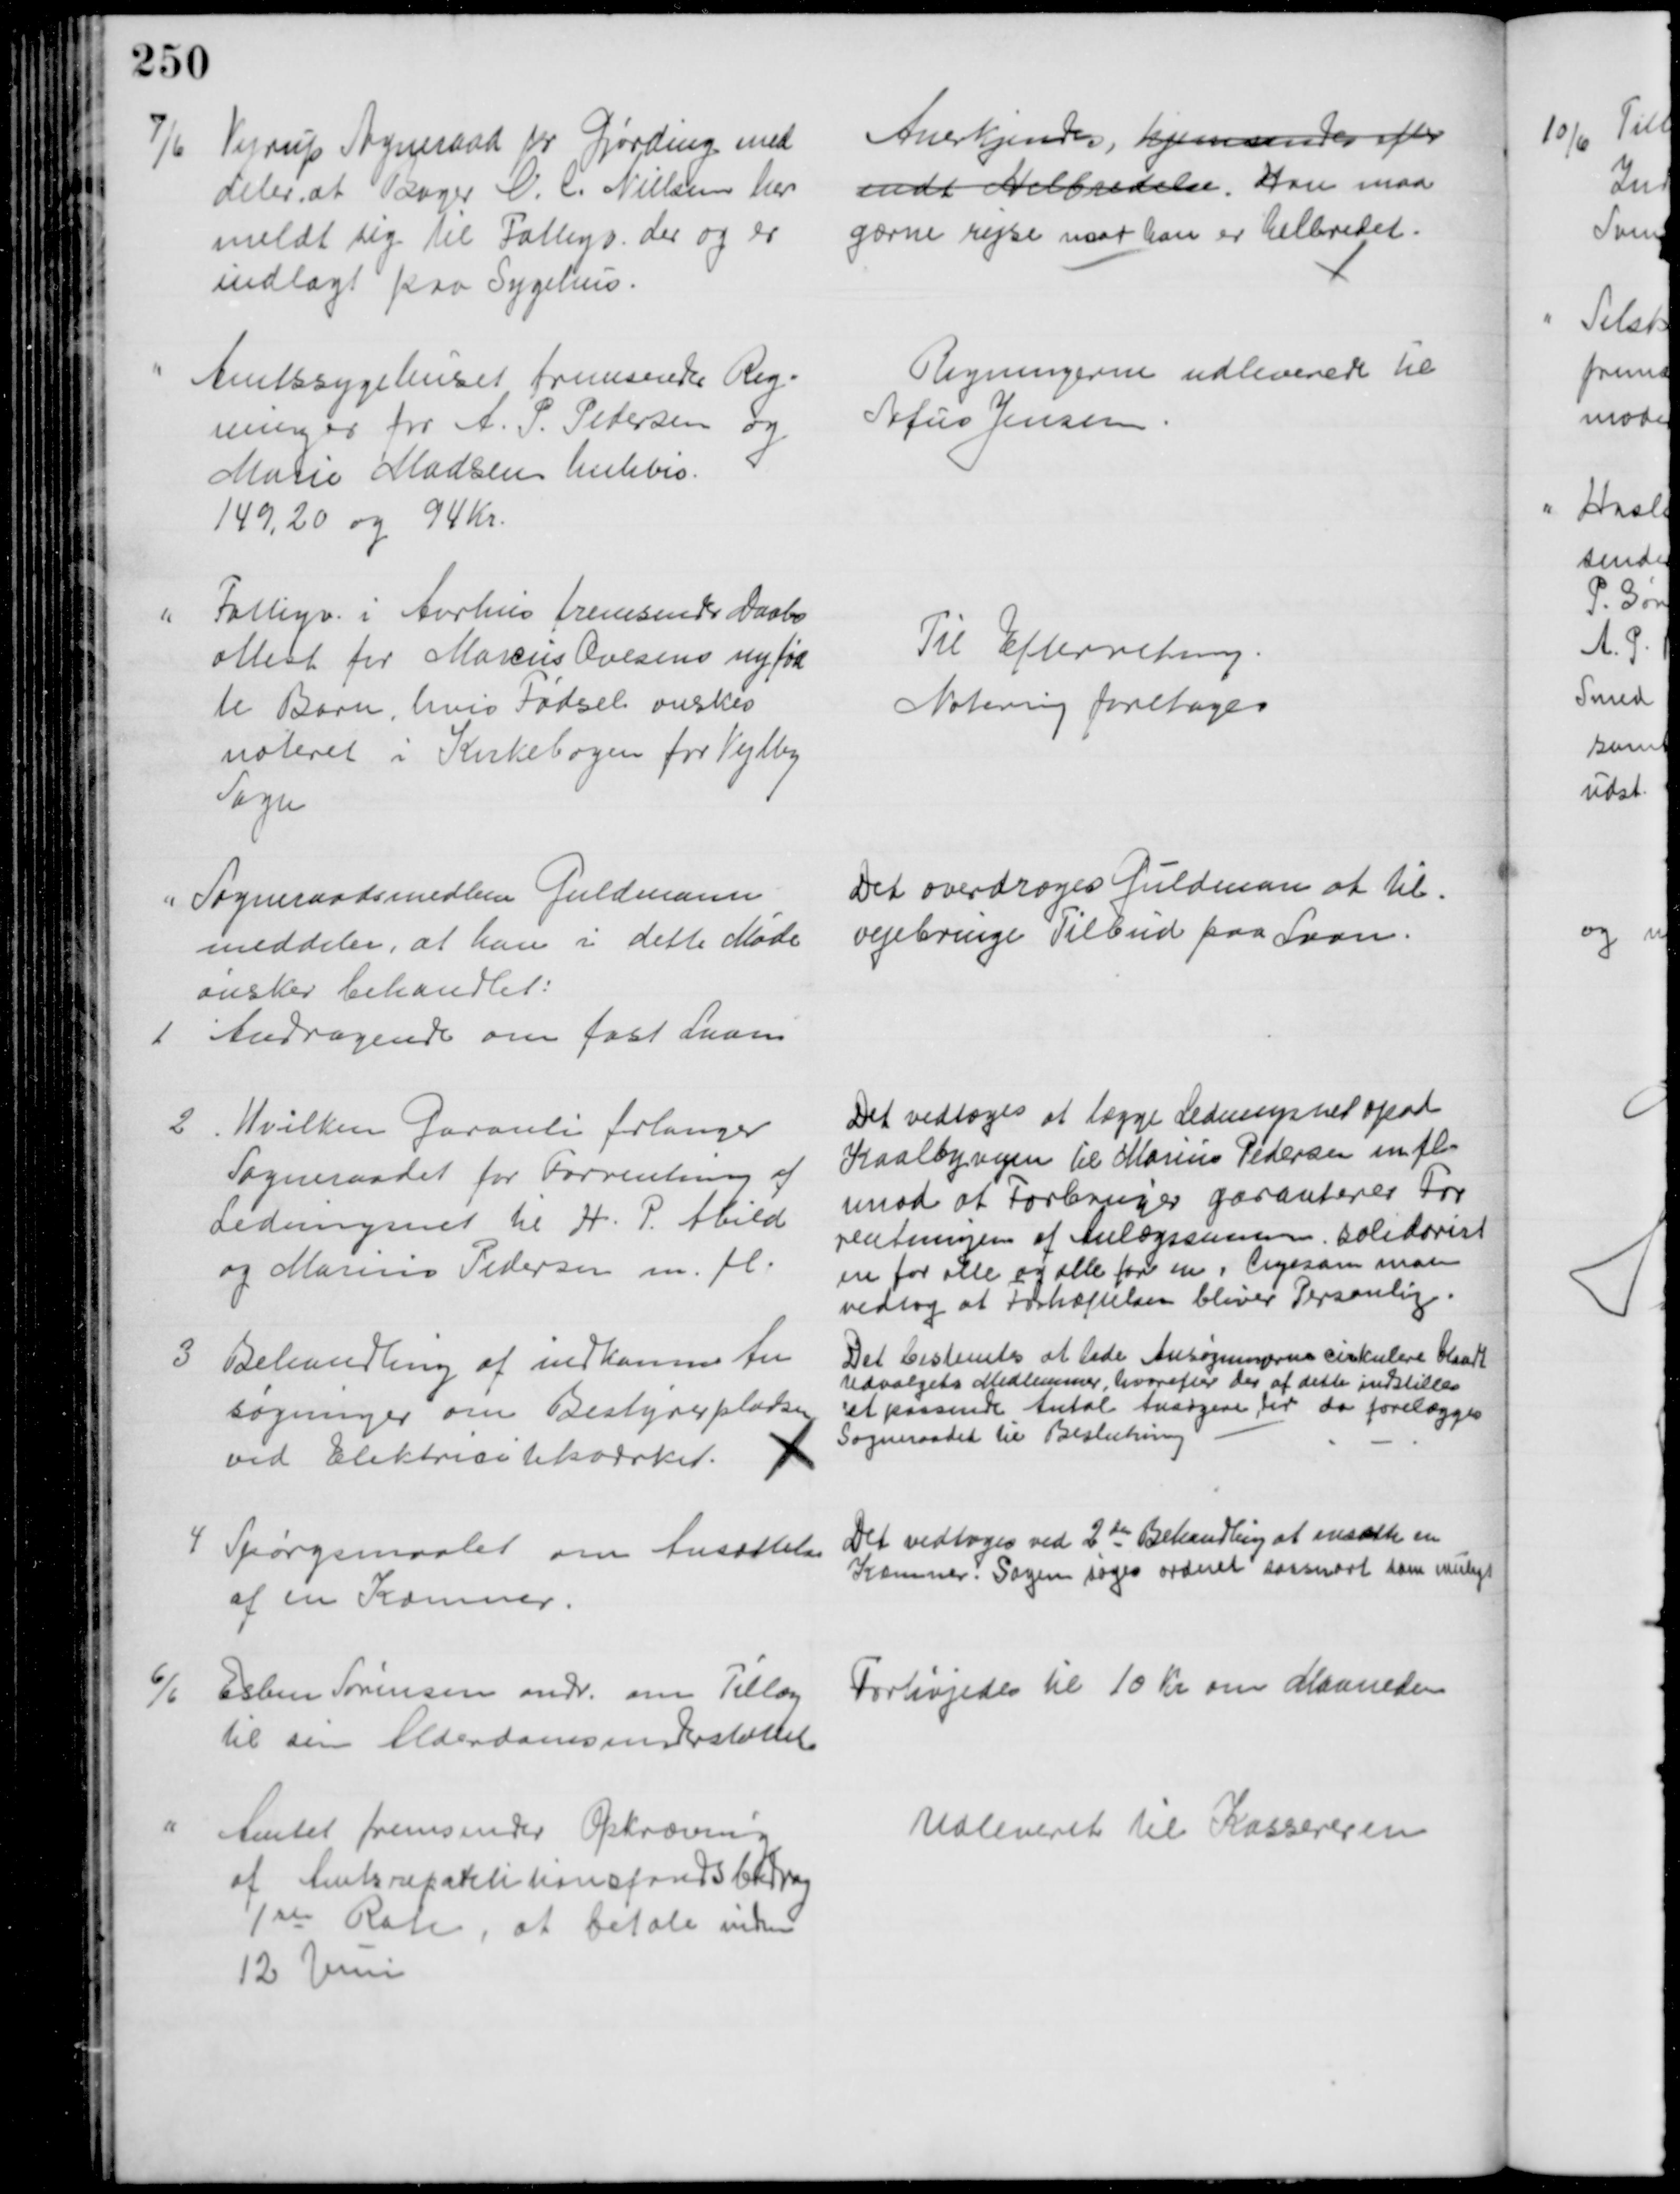
Transskription:
7/6 Vejrup Sogneraad pr Gjørding med
deler at Bager N. C. Nielsen har
meldt sig til Fattigv. der og er
indlagt paa Sygehus.
Anerkjendes, hjemsendes efter
endt Helbredelse. Han maa
gærne rejse naar han er helbredet.
Amtssygehuset fremsender Reg-
ninger for A. P. Pedersen og
Marie Madsen hnhvis.
149,20 og 94 Kr.
Regningerne udleverede til 
Sofus Jensen
Fattigv. i Aarhus fremsender Daabs
attest for Marcus Ovesens nyfød
te Barn, hvis Fødsel ønskes
noteret i Kirkebogen for Vejlby
Sogn
Til Efterretning.
Notering foretoges
Sogneraadsmedlem Guldmann
meddeler, at han i dette Møde
ønsker behandlet:
1
Andragende om fast Laan
Det overdroges Guldman at til-
vejebringe Tilbud paa Laan.
2
Hvilken Garanti forlanger
Sogneraadet for Forrentning af
Ledningsnet til H. P. Abild
og Marius Pedersen m. fl.
Det vedtoges at lægge Ledningsnet opad
Kaalbyvejen til Marius Pedersen m. fl.
imod at Forbruger garanterer For
rentningen af Anlægssummen solidarisk
en for alle og alle for en, ligesom man
vedtog at Forhæftelsen bliver Personlig
3
Behandling af indkomne An
søgninger om Bestyrerpladsen
ved Elektricitetsværket.
Det bestemtes at lade Ansøgningerne cirkulere blandt
Udvalgets Medlemmer, hvorefter der af dette indstilles
et passende Antal Ansøgere, der da forelægges
Sogneraadet til Beslutning
4 Spørgsmaalet om Ansættelse
af en Kæmner.
Det vedtoges ved 2den Behandling at ansætte en 
Kæmner. Sagen søges ordnet saasnart som muligt
6/6
Esben Sørensen andr. om Tillæg
til sin Alderdomsunderstøttelse
Forhøjedes til 10 Kr om Maaneden
Amtet fremsender Opkrævning
af Amtsrepartitionsfondsbidrag
1ste Rate, at betale inden
12 Juni
Udleveret til Kassereren